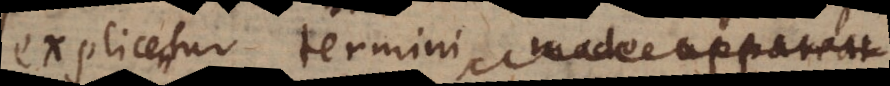
explicentur termini, modo appareat.